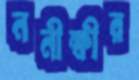
ননীক্ষীর